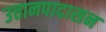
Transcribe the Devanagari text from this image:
उत्तानपादासन